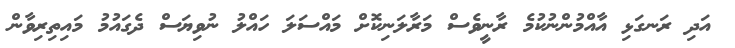
އަދި ރަނގަޅި އާއްމުންނުކުމެ ރާނީވެސް މަރާލަނިކޮށް މައްސަލަ ހައްލު ނުވިޔަސް ދެގައުމު މައިތިރިވާން